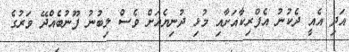
އަދި އެއީ ދެކުނު އެފްރިކާއަށާއި މުޅި ދުނިޔެއަށް ވެސް ލިބުނު ފޫނުބެއްދޭ ވަރުގެ